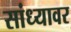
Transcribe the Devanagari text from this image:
सांध्यावर